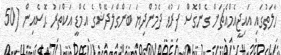
ހާލަތުގައި އައިޖީއެމްއެޗަށް ގެންގޮސް ފަރުވާ ދެމުންދިޔަ ބަންގްލަދޭޝްގެ އެމްޑީ އަކްތަރު ޙޮސެއިން (50